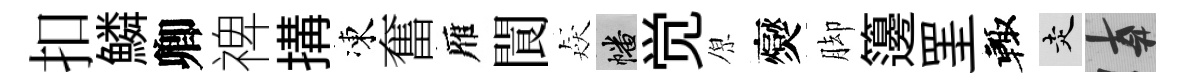
扣鱗卿禆搆凍奮雁閬猋幡觉原爕脚籩罣輙走遲